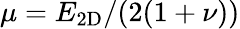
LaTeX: \mu={E_{2\textnormal{D}}}/{(2(1+\nu))}